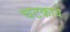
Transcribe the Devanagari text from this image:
चटकाये